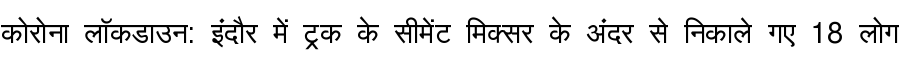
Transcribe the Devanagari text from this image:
कोरोना लॉकडाउन: इंदौर में ट्रक के सीमेंट मिक्सर के अंदर से निकाले गए 18 लोग